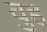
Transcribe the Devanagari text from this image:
वुह